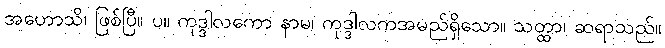
အဟောသိ၊ ဖြစ်ပြီ။ ပ။ ကုဒ္ဒါလကော နာမ၊ ကုဒ္ဒါလကအမည်ရှိသော။ သတ္ထာ၊ ဆရာသည်။